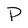
Character: P